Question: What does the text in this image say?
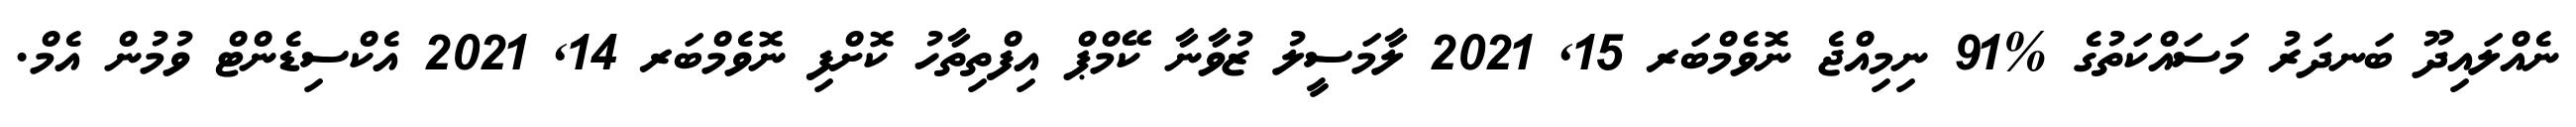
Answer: ނެއްލައިދޫ ބަނދަރު މަސައްކަތުގެ %91 ނިމިއްޖެ ނޮވެމްބަރ 15, 2021 ލާމަސީލު ޒުވާނާ ކޭމްޕް އިފްތިތާހު ކޮށްފި ނޮވެމްބަރ 14, 2021 އެކްސިޑެންޓް ވުމުން އެމް.